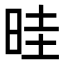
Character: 晆